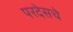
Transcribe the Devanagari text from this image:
परदेसचे